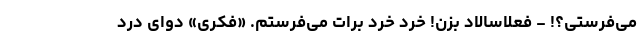
می­فرستی؟! - فعلاًسالاد بزن! خرد خرد برات می­فرستم. «فکری» دوای درد